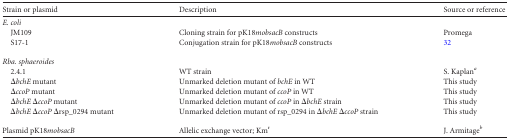
| Strain or plasmid | Description | Source or reference |
 | --- | --- | --- |
 | E. coli |  |  |
 | JM109 | Cloning strain for pK18mobsacB constructs | Promega |
 | S17-1 | Conjugation strain for pK18mobsacB constructs | 32 |
 | Rba. sphaeroides |  |  |
 | 2.4.1 | WT strain | S. Kaplana |
 | ΔbchE mutant | Unmarked deletion mutant of bchE in WT | This study |
 | ΔccoP mutant | Unmarked deletion mutant of ccoP in WT | This study |
 | ΔbchE ΔccoP mutant | Unmarked deletion mutant of ccoP in ΔbchE strain | This study |
 | ΔbchE ΔccoP Δrsp_0294 mutant | Unmarked deletion mutant of rsp_0294 in ΔbchE ΔccoP strain | This study |
 | Plasmid pK18mobsacB | Allelic exchange vector; Kmr | J. Armitageb |